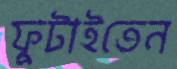
ফুটাইতেন